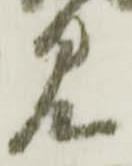
見